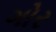
ગોર